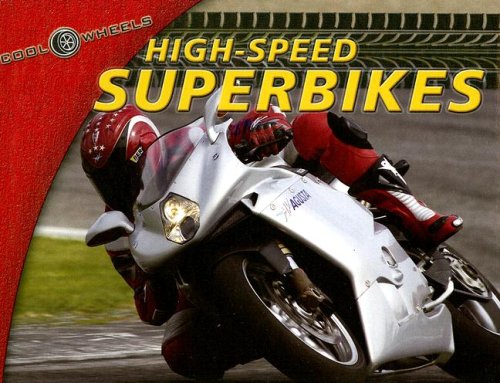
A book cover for High-speed Superbikes (Cool Wheels); Alan Dowds; Children's Books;